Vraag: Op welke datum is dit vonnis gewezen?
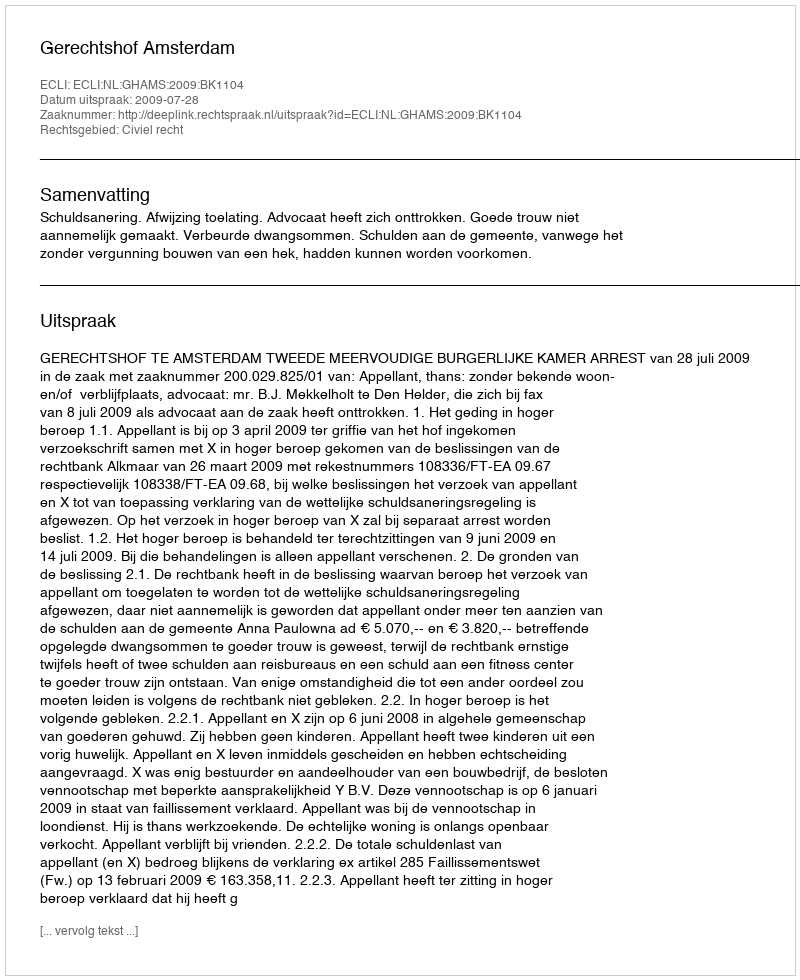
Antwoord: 2009-07-28